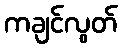
ကချင်လွတ်